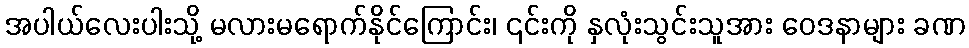
အပါယ်လေးပါးသို့ မလားမရောက်နိုင်ကြောင်း၊ ၎င်းကို နှလုံးသွင်းသူအား ဝေဒနာများ ခဏ